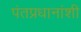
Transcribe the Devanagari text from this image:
पंतप्रधानांशी